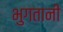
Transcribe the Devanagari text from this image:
भुगतानी